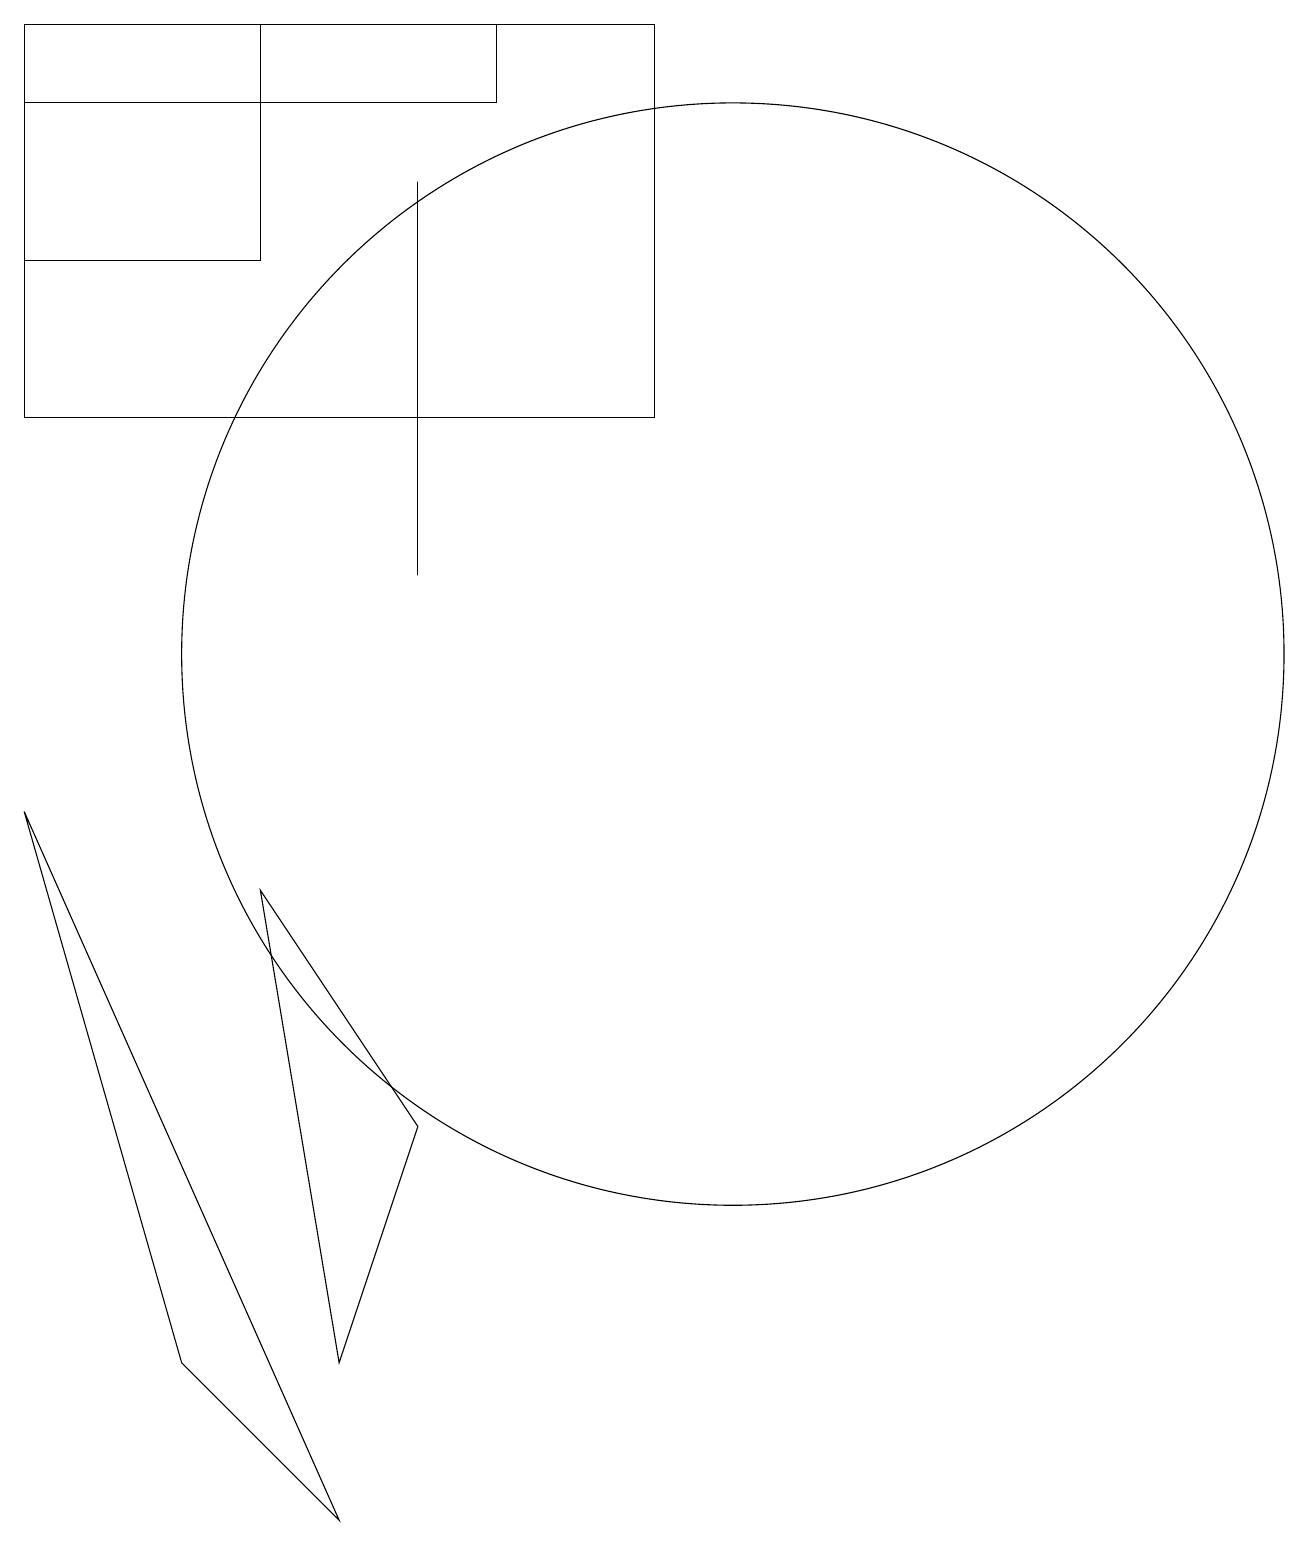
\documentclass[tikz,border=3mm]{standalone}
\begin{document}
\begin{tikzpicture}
\draw (1,18) rectangle (4,16);
\draw (5,0) -- (1,9) -- (3,2) -- cycle;
\draw (1,14) rectangle (9,19);
\draw (7,14) rectangle (7,14);
\draw (4,8) -- (5,2) -- (6,5) -- cycle;
\draw (6,17) rectangle (6,12);
\draw (10,11) circle (7);
\draw (4,19) rectangle (7,18);
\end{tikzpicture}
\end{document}